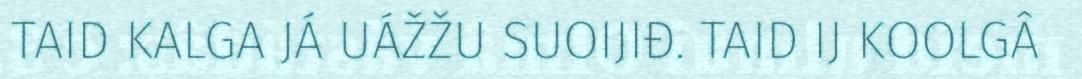
TAID KALGA JÁ UÁŽŽU SUOIJIĐ. TAID IJ KOOLGÂ